Report on vaccination in Madras 1895-1903 - 1895-1903
Year: 1895
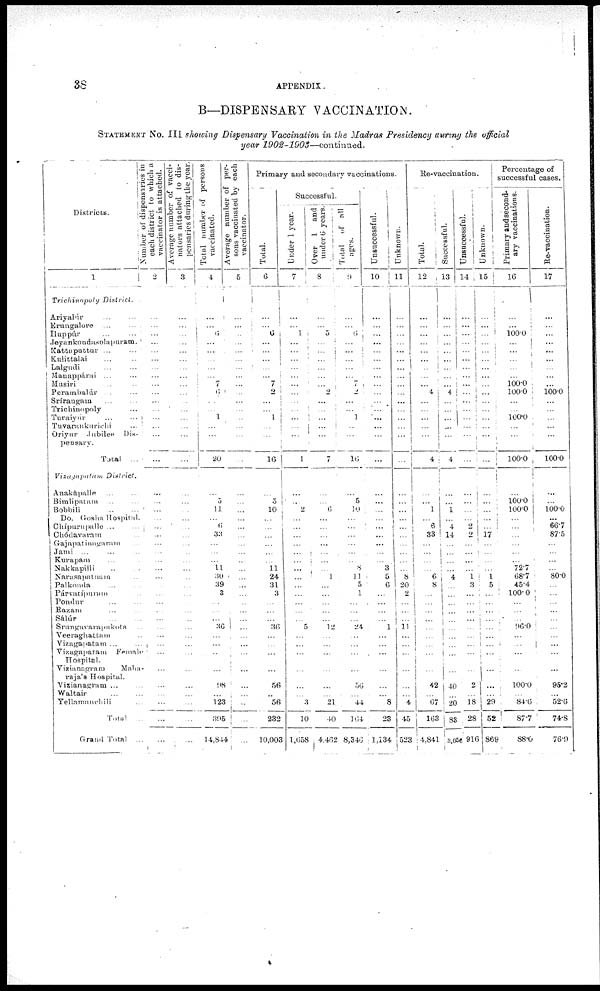
38
APPENDIX.
B—DISPENSARY VACCINATION.
STATEMENT No. III showing Dispensary Vaccination in the Madras Presidency during the official
year 1902-1903—continued.
Districts.
1
Trichinopol y District.
Ariyalúr ... ...
Erungalore ... ...
Iluppúr ... ...
Jeyankondasolapuram.
Kattuputtur ... ...
Kulittalai ... ...
Lalgudi ... ...
Manappárai ... ...
Musiri ... ...
Perambalúr ... ...
Srírangam ... ...
Trichinopoly ...
Turaiyúr ... ...
Tuvarankurichi ...
Oriyur
Jubilee Dis-
pensary.
Total ...
Vizagapatam
District.
Anakápalle ... ...
Bimlipatam ... ...
Bobbili
...
...
Do. Gosha Hospital.
Chípurupalle ... ...
Chódavaram ...
Gajapatinagaram ...
Jami ... ... ...
Kurapam ... ...
Nakkapilli ... ...
Narasapatnam ...
Palknnda ... ...
Párvatipuram ...
Pondur
...
...
Razam ... ...
Sálúr
...
...
Srungavarapukota ...
Veeraghattam ...
Vizagapatam ... ...
Vizagapatam
Female
Hospital.
Vizianagram
Maha-
raja's Hospital.
Vizianagram ... ...
Waltair
...
...
Yellamanchili ...
Total ...
Grand Total ...
Number of dispensaries in
each district to which a
vaccinator is attached.
2
...
...
...
...
...
...
...
...
...
...
...
...
...
...
...
...
...
...
...
...
...
...
...
...
...
...
...
...
...
...
...
...
...
...
...
...
...
...
...
...
...
...
Average number of vacci-
nators attached to dis-
pensaries during the year.
3
...
...
...
...
...
...
...
...
...
...
...
...
...
...
...
...
...
...
...
...
...
...
...
...
...
...
...
...
...
...
...
...
...
...
...
...
...
...
...
...
...
...
Total number of persons
vaccinated.
4
...
...
6
...
...
...
...
...
7
6
...
...
1
...
...
20
...
5
11
...
6
33
...
...
...
11
30
39
3
...
...
...
36
...
...
...
...
98
...
123
395
14,844
Average number of per-
sons vaccinated by each
vaccinator.
5
...
...
...
...
...
...
...
...
...
...
...
...
...
...
...
...
...
...
...
...
...
...
...
...
...
...
...
...
...
...
...
...
...
...
...
...
...
...
...
...
...
...
Primary and secondary vaccinations.
Total.
6
...
...
6
...
...
...
...
...
7
2
...
...
1
...
...
16
...
5
10
...
...
...
...
...
...
11
24
31
3
...
...
...
36
...
...
...
...
56
...
56
232
10,003
Successful.
Under 1 year.
7
...
...
1
...
...
...
...
...
...
...
...
...
...
...
...
1
...
...
2
...
...
...
...
...
...
...
...
...
...
...
...
...
5
...
...
...
...
...
...
3
10
1,658
Over 1 and
under 6 years.
8
...
...
5
...
...
...
...
...
...
2
...
...
...
...
...
7
...
...
6
...
...
...
...
...
...
...
1
...
...
...
...
...
12
...
...
...
...
...
...
21
40
4,462
Total
of all
ages.
9
...
...
6
...
...
...
...
...
7
2
...
...
1
...
...
16
...
5
10
...
...
...
...
...
...
8
11
5
1
...
...
...
24
...
...
...
...
56
...
44
164
8,346
Unsuccessful.
10
...
...
...
...
...
...
...
...
...
...
...
...
...
...
...
...
...
...
...
...
...
...
...
...
...
3
5
6
...
...
...
...
1
...
...
...
...
...
...
8
23
1,134
Unknown.
11
...
...
...
...
...
...
...
...
...
...
...
...
...
...
...
...
...
...
...
...
...
...
...
...
...
...
8
20
2
...
...
...
11
...
...
...
...
...
...
4
45
523
Re-vaccination.
Total.
12
...
...
...
...
...
...
...
...
...
4
...
...
...
...
...
4
...
...
1
...
6
33
...
...
...
...
6
8
...
...
...
...
...
...
...
...
...
42
...
67
163
4,841
Successful.
13
...
...
...
...
...
...
...
...
...
4
...
...
...
...
...
4
...
...
1
...
4
14
...
...
...
...
4
...
...
...
...
...
...
...
...
...
...
40
...
20
83
3,056
Unsuccessful.
14
...
...
...
...
...
...
...
...
...
...
...
...
...
...
...
...
...
...
...
...
2
2
...
...
...
...
1 3
...
...
...
...
...
...
...
...
...
2
...
18
28
916
Unknown.
15
...
...
...
...
...
...
...
...
...
...
...
...
...
...
...
...
...
...
...
...
...
17
...
...
...
...
1
5
...
...
...
...
...
...
...
...
...
...
...
29
52
869
Percentage of
successful cases.
Primary and second-
ary vaccinations.
16
...
...
100.0
...
...
...
...
...
100.0
100.0
...
...
100.0
...
...
100.0
...
100.0
100.0
...
...
...
...
...
...
72.7
68.7
45.4
100.0
...
...
...
96.0
...
...
...
...
100.0
...
84.6
87.7
88.0
Re-vaccination.
17
...
...
...
...
...
...
...
...
...
100.0
...
...
...
...
...
100.0
...
...
100.0
...
66.7
87.5
...
...
...
...
80.0
...
...
...
...
...
...
...
...
...
...
95.2
...
52.6
74.8
76.9